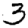
Digit: 3